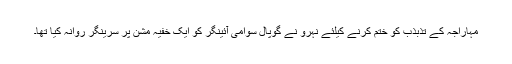
مہاراجہ کے تذبذب کو ختم کرنے کیلئے نہرو نے گوپال سوامی آئینگر کو ایک خفیہ مشن پر سرینگر روانہ کیا تھا۔